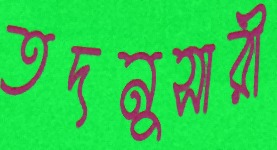
তদনুসারী